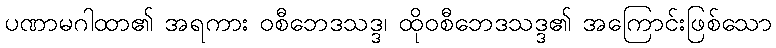
ပဏာမဂါထာ၏ အရကား ဝစီဘေဒသဒ္ဒ၊ ထိုဝစီဘေဒသဒ္ဒ၏ အကြောင်းဖြစ်သော